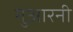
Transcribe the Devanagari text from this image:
गुआरनी